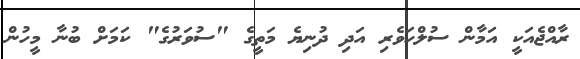
ރާއްޖެއަކީ އަމާން ސުލްހަވެރި އަދި ދުނިޔެ މަތީގެ "ސުވަރުގެ" ކަމަށް ބުނާ މީހުން